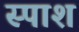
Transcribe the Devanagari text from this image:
स्पाश